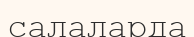
салаларда